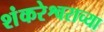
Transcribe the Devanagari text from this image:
शंकरेश्वराच्या